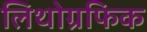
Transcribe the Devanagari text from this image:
लिथोग्रफिक